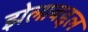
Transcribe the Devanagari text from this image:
झेलाबद्दल